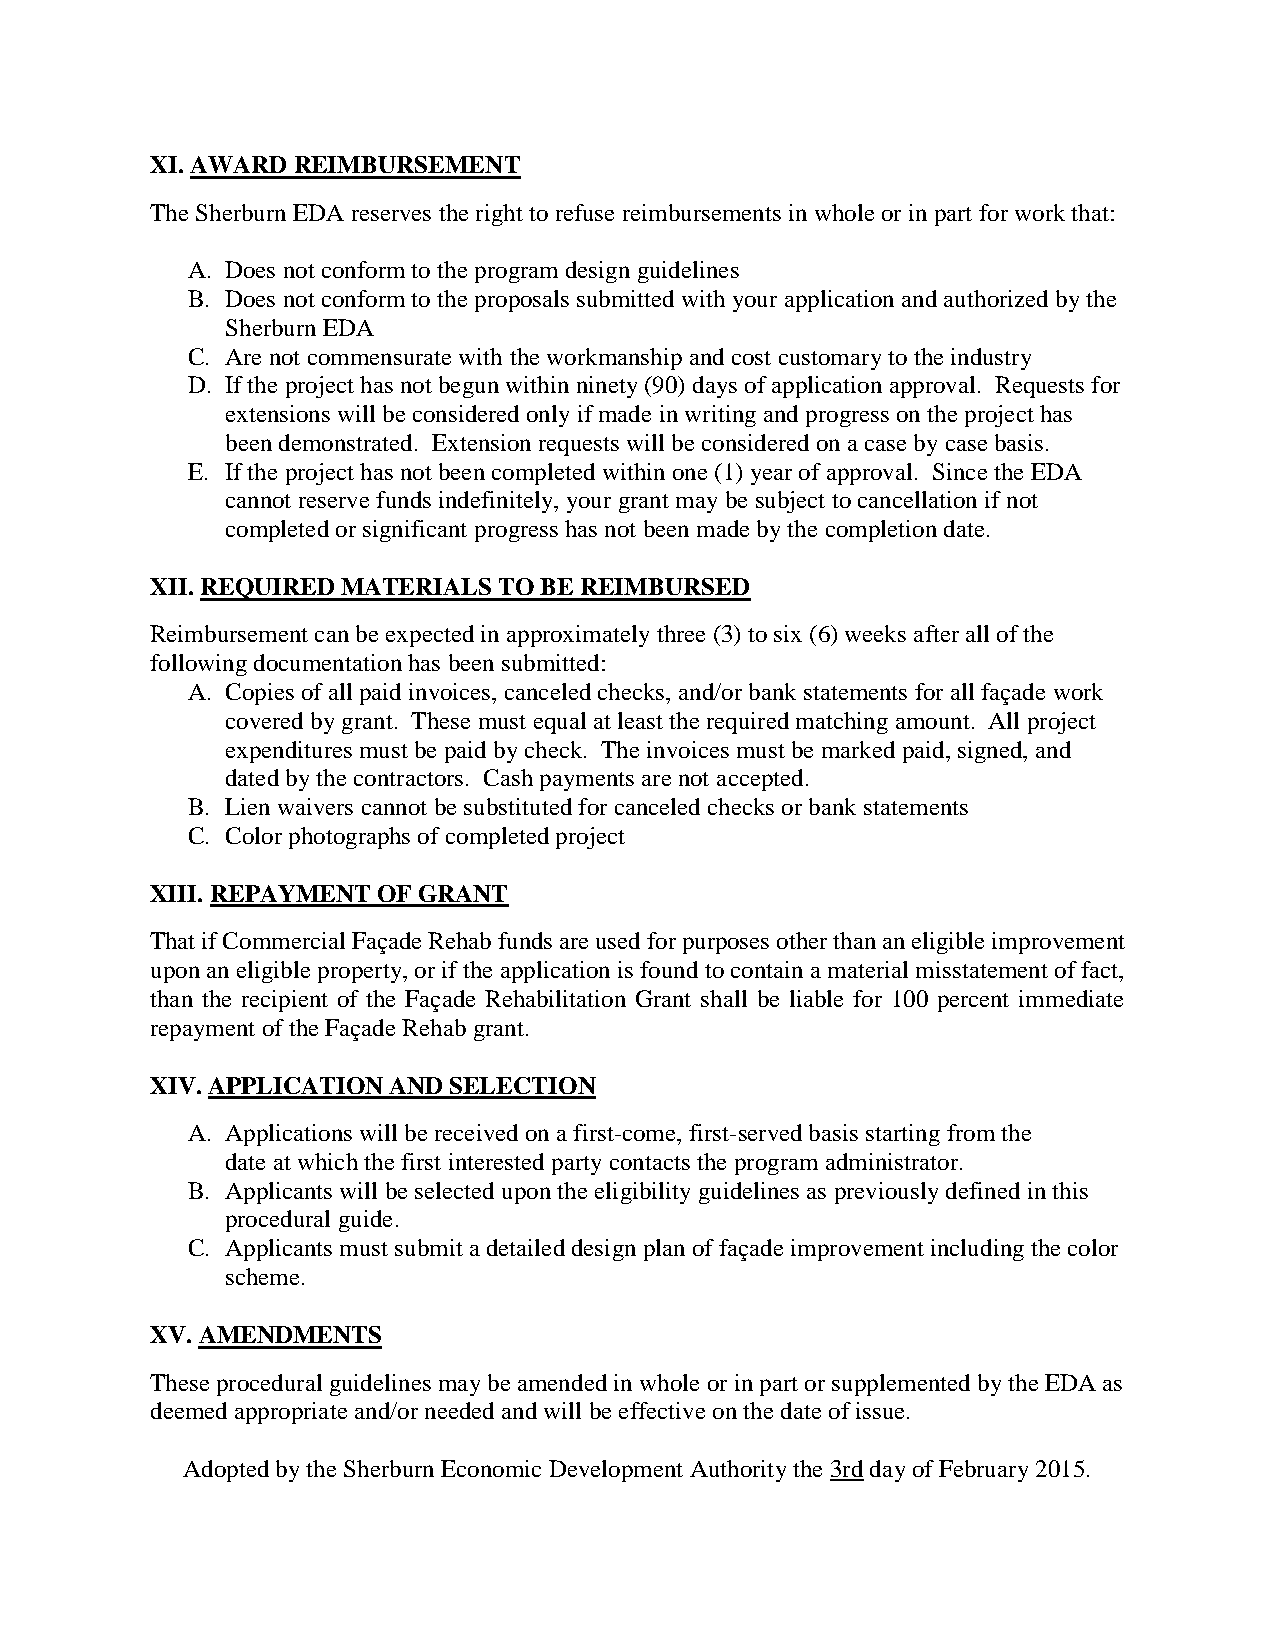
XI. AWARD REIMBURSEMENT
 The Sherburn EDA reserves the right to refuse reimbursements in whole or in part for work that:
 A. Does not conform to the program design guidelines
 B. Does not conform to the proposals submitted with your application and authorized by the
 Sherburn EDA
 C. Are not commensurate with the workmanship and cost customary to the industry
 D. If the project has not begun within ninety (90) days of application approval. Requests for
 extensions will be considered only if made in writing and progress on the project has
 been demonstrated. Extension requests will be considered on a case by case basis.
 E. If the project has not been completed within one (1) year of approval. Since the EDA
 cannot reserve funds indefinitely, your grant may be subject to cancellation if not
 completed or significant progress has not been made by the completion date.
 XII. REQUIRED MATERIALS TO BE REIMBURSED
 Reimbursement can be expected in approximately three (3) to six (6) weeks after all of the
 following documentation has been submitted:
 A. Copies of all paid invoices, canceled checks, and/or bank statements for all façade work
 covered by grant. These must equal at least the required matching amount. All project
 expenditures must be paid by check. The invoices must be marked paid, signed, and
 dated by the contractors. Cash payments are not accepted.
 B. Lien waivers cannot be substituted for canceled checks or bank statements
 C. Color photographs of completed project
 XIII. REPAYMENT OF GRANT
 That if Commercial Façade Rehab funds are used for purposes other than an eligible improvement
 upon an eligible property, or if the application is found to contain a material misstatement of fact,
 than the recipient of the Façade Rehabilitation Grant shall be liable for 100 percent immediate
 repayment of the Façade Rehab grant.
 XIV. APPLICATION AND SELECTION
 A. Applications will be received on a first-come, first-served basis starting from the
 date at which the first interested party contacts the program administrator.
 B. Applicants will be selected upon the eligibility guidelines as previously defined in this
 procedural guide.
 C. Applicants must submit a detailed design plan of façade improvement including the color
 scheme.
 XV. AMENDMENTS
 These procedural guidelines may be amended in whole or in part or supplemented by the EDA as
 deemed appropriate and/or needed and will be effective on the date of issue.
 Adopted by the Sherburn Economic Development Authority the 3rd day of February 2015.